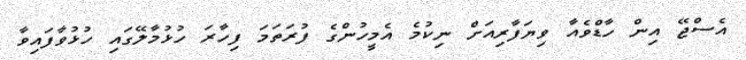
އެސްޖޭ އިން ހާޑްވެއާ ވިޔަފާރިއަށް ނިކުމެ އެމީހުންގެ ފުރަތަމަ ފިހާރަ ހުޅުމާލޭގައި ހުޅުވާފައިވާ